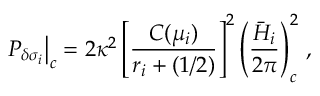
\left. { \cal P } _ { \delta \sigma _ { i } } \right| _ { c } = 2 \kappa ^ { 2 } \left[ { \frac { C ( \mu _ { i } ) } { r _ { i } + ( 1 / 2 ) } } \right] ^ { 2 } \left( { \frac { \bar { H } _ { i } } { 2 \pi } } \right) _ { c } ^ { 2 } \, ,